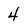
Character: 4